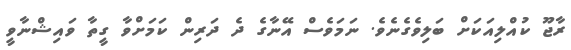
ރާޖޫ ކުއްލިއަކަށް ބަލިވެގެނެވެ. ނަމަވެސް އޭނާގެ ދެ ދަރިން ކަމަށްވާ ގީތާ ވައިޝްނާވީ